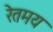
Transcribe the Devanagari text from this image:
रेतमय